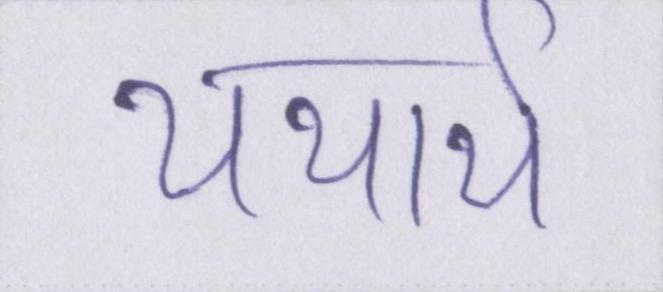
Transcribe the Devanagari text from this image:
यथार्थ